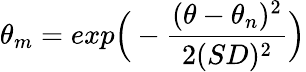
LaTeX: \theta_{m}=exp\Big(-\frac{(\theta-\theta_{n})^{2}}{2(SD)^{2}}\Big)